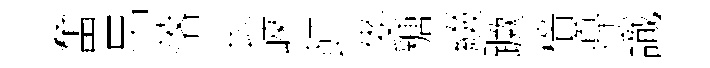
奮吊落长峽飣麥糖綴蹶檣導識